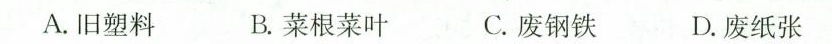
A.旧塑料 B.菜根菜叶 C.废钢铁 D.废纸张